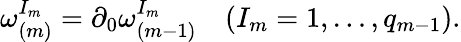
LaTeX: \omega_{(m)}^{I_{m}}=\partial_{0}\omega_{(m-1)}^{I_{m}}\quad(I_{m}=1,\ldots,q_{m-1}).